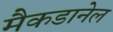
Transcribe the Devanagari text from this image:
मैकडानेल